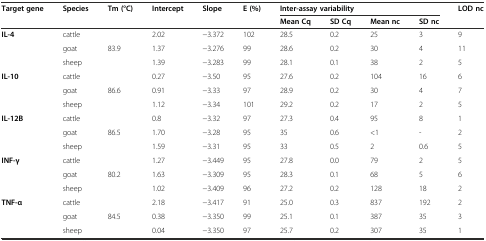
| <ROWSPAN=2> Target gene | <ROWSPAN=2> Species | <ROWSPAN=2> Tm (°C) | <ROWSPAN=2> Intercept | <ROWSPAN=2> Slope | <ROWSPAN=2> E (%) | <COLSPAN=4> Inter-assay variability | <ROWSPAN=2> LOD nc |
 | Mean Cq | SD Cq | Mean nc | SD nc |
 | --- | --- | --- | --- | --- | --- | --- | --- | --- | --- | --- |
 | <ROWSPAN=3> IL-4 | cattle | <ROWSPAN=3> 83.9 | 2.02 | −3.372 | 102 | 28.5 | 0.2 | 25 | 3 | 9 |
 | goat | 1.37 | −3.276 | 99 | 28.6 | 0.2 | 30 | 4 | 11 |
 | sheep | 1.39 | −3.283 | 99 | 28.1 | 0.1 | 38 | 2 | 5 |
 | <ROWSPAN=3> IL-10 | cattle | <ROWSPAN=3> 86.6 | 0.27 | −3.50 | 95 | 27.6 | 0.2 | 104 | 16 | 6 |
 | goat | 0.91 | −3.33 | 97 | 28.9 | 0.2 | 30 | 4 | 7 |
 | sheep | 1.12 | −3.34 | 101 | 29.2 | 0.2 | 17 | 2 | 5 |
 | <ROWSPAN=3> IL-12B | cattle | <ROWSPAN=3> 86.5 | 0.8 | −3.32 | 97 | 27.3 | 0.4 | 95 | 8 | 1 |
 | goat | 1.70 | −3.28 | 95 | 35 | 0.6 | <1 | - | 2 |
 | sheep | 1.59 | −3.31 | 95 | 33 | 0.5 | 2 | 0.6 | 5 |
 | <ROWSPAN=3> INF-γ | cattle | <ROWSPAN=3> 80.2 | 1.27 | −3.449 | 95 | 27.8 | 0.0 | 79 | 2 | 5 |
 | goat | 1.63 | −3.309 | 95 | 28.3 | 0.1 | 68 | 5 | 6 |
 | sheep | 1.02 | −3.409 | 96 | 27.2 | 0.2 | 128 | 18 | 2 |
 | <ROWSPAN=3> TNF-α | cattle | <ROWSPAN=3> 84.5 | 2.18 | −3.417 | 91 | 25.0 | 0.3 | 837 | 192 | 2 |
 | goat | 0.38 | −3.350 | 99 | 25.1 | 0.1 | 387 | 35 | 3 |
 | sheep | 0.04 | −3.350 | 97 | 25.7 | 0.2 | 307 | 35 | 1 |